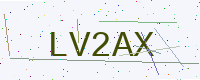
Text: LV2AX